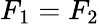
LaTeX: F_{1}=F_{2}